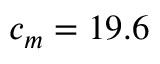
c _ { m } = 1 9 . 6